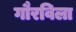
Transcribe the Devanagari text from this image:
गौरविला